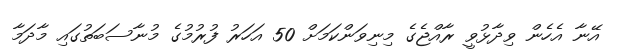
އޭނާ އެހެން ވިދާޅުވީ ރާއްޖެގެ މިނިވަންކަމަށް 50 އަހަރު ފުރުމުގެ މުނާސަބަތުގައި މާދަމާ